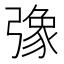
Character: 𢐣